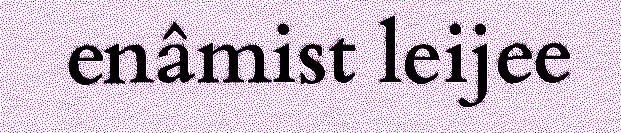
enâmist leijee